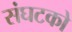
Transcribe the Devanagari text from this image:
संघटको